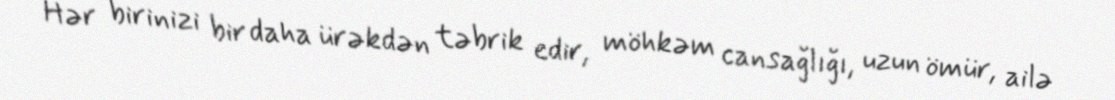
Hər birinizi bir daha ürəkdən təbrik edir, möhkəm cansağlığı, uzun ömür, ailə